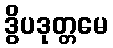
ဒွိပဒုတ္တမေ